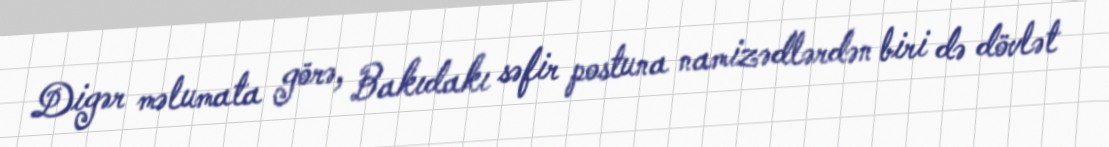
Digər məlumata görə, Bakıdakı səfir postuna namizədlərdən biri də dövlət